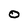
Character: 0